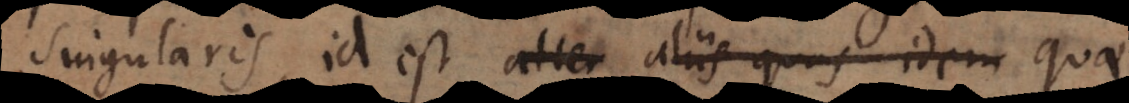
singularis, id est alter aliis quas idem quae